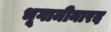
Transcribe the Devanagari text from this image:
भूगामीनारद